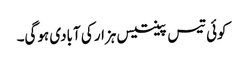
کوئی تیس پینتیس ہزار کی آبادی ہوگی۔